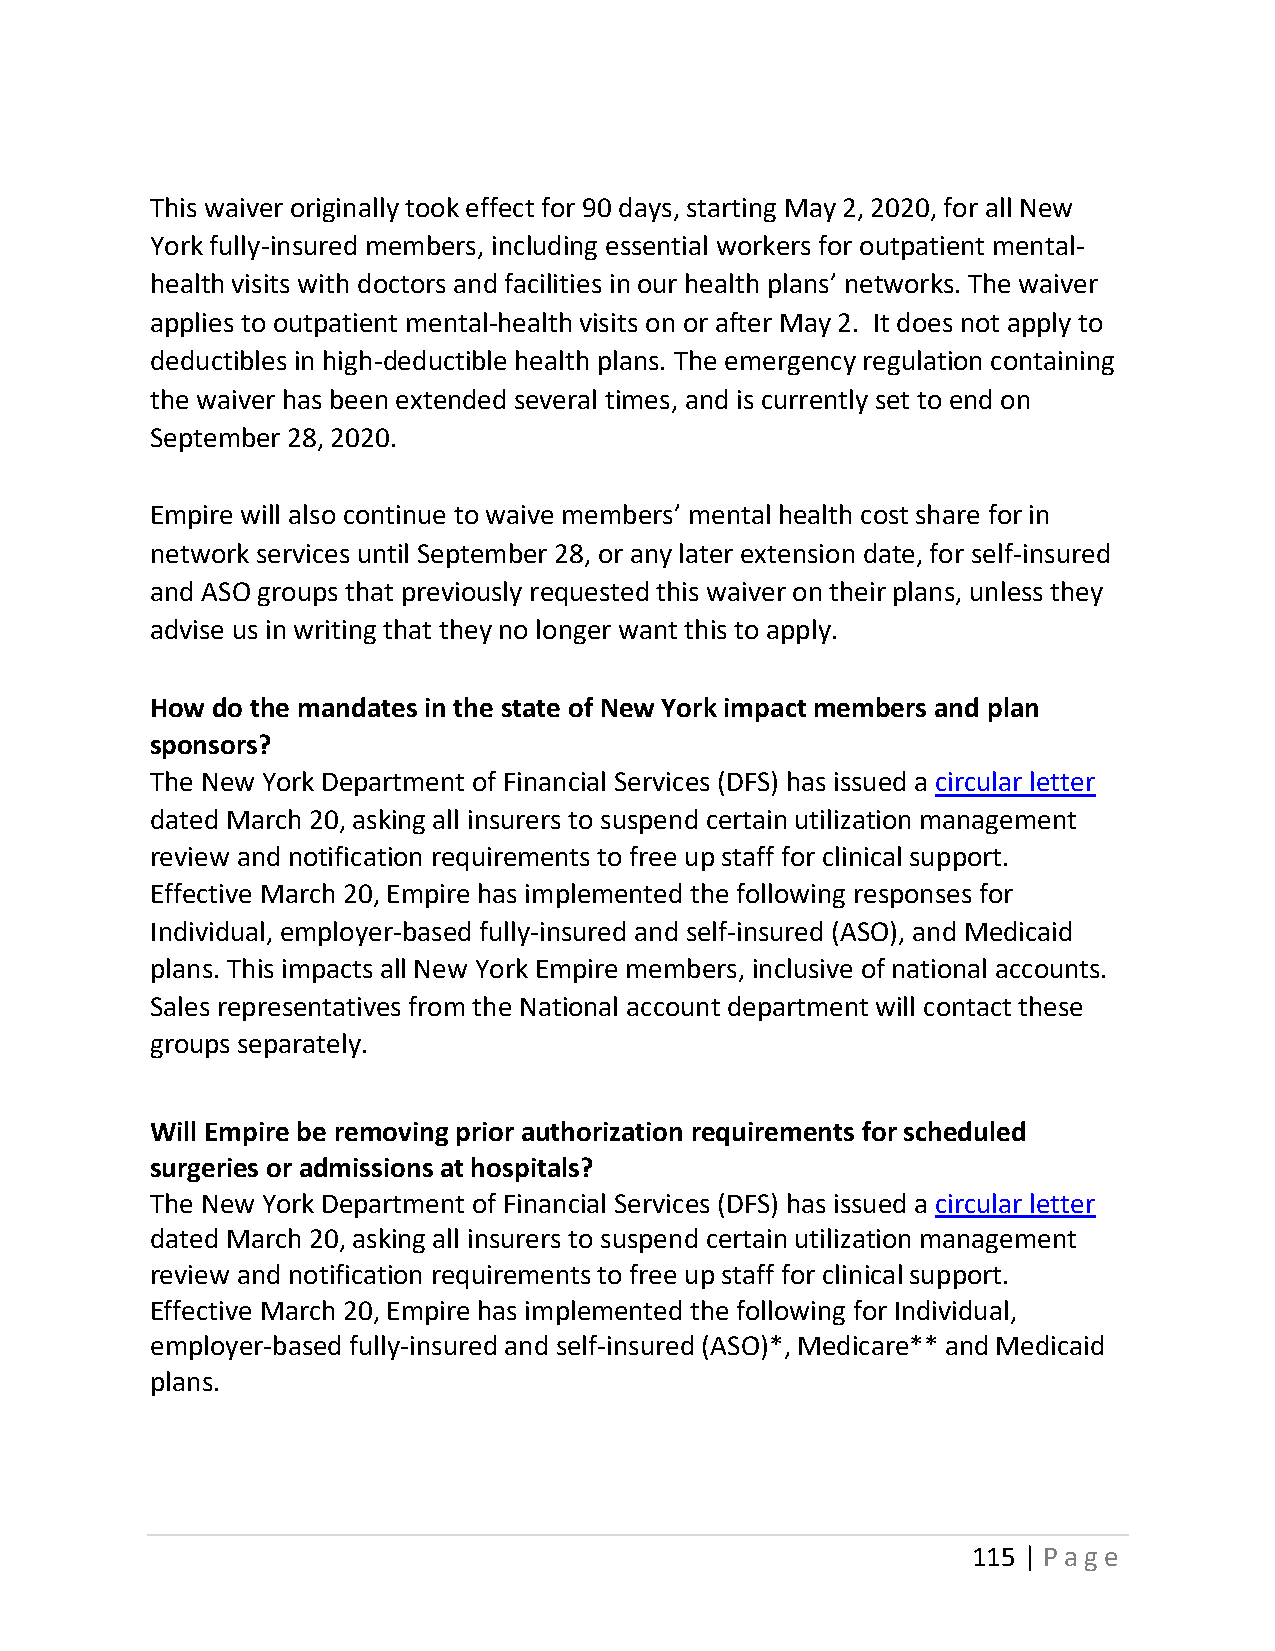
This waiver originally took effect for 90 days, starting May 2, 2020, for all New
 York fully-insured members, including essential workers for outpatient mental-
 health visits with doctors and facilities in our health plans’ networks. The waiver
 applies to outpatient mental-health visits on or after May 2. It does not apply to
 deductibles in high-deductible health plans. The emergency regulation containing
 the waiver has been extended several times, and is currently set to end on
 September 28, 2020.
 Empire will also continue to waive members’ mental health cost share for in
 network services until September 28, or any later extension date, for self-insured
 and ASO groups that previously requested this waiver on their plans, unless they
 advise us in writing that they no longer want this to apply.
 How do the mandates in the state of New York impact members and plan
 sponsors?
 The New York Department of Financial Services (DFS) has issued a circular letter
 dated March 20, asking all insurers to suspend certain utilization management
 review and notification requirements to free up staff for clinical support.
 Effective March 20, Empire has implemented the following responses for
 Individual, employer-based fully-insured and self-insured (ASO), and Medicaid
 plans. This impacts all New York Empire members, inclusive of national accounts.
 Sales representatives from the National account department will contact these
 groups separately.
 Will Empire be removing prior authorization requirements for scheduled
 surgeries or admissions at hospitals?
 The New York Department of Financial Services (DFS) has issued a circular letter
 dated March 20, asking all insurers to suspend certain utilization management
 review and notification requirements to free up staff for clinical support.
 Effective March 20, Empire has implemented the following for Individual,
 employer-based fully-insured and self-insured (ASO)*, Medicare** and Medicaid
 plans.
 115 | Page